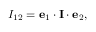
I _ { 1 2 } = \mathbf { e } _ { 1 } \cdot \mathbf { I } \cdot \mathbf { e } _ { 2 } ,